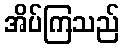
အိပ်ကြသည်